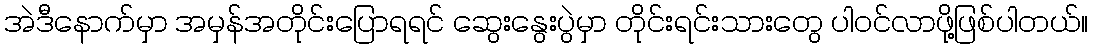
အဲဒီနောက်မှာ အမှန်အတိုင်းပြောရရင် ဆွေးနွေးပွဲမှာ တိုင်းရင်းသားတွေ ပါဝင်လာဖို့ဖြစ်ပါတယ်။